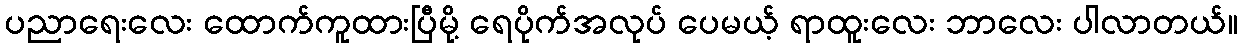
ပညာရေးလေး ထောက်ကူထားပြီမို့ ရေပိုက်အလုပ် ပေမယ့် ရာထူးလေး ဘာလေး ပါလာတယ်။